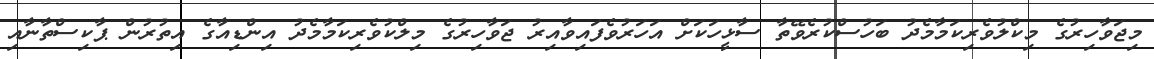
މިޖަވާހިރުގެ މިކްލުވެރިކަމާމެދު ބަހުސްކުރެވޭތާ ސާޅީހަކަށް އަހަރުވެފައިވާއިރު ޖަވާހިރުގެ މިލްކުވެރިކަމާމެދު އިންޑިއާގެ އިތުރުން ޕާކިސްތާނާއި